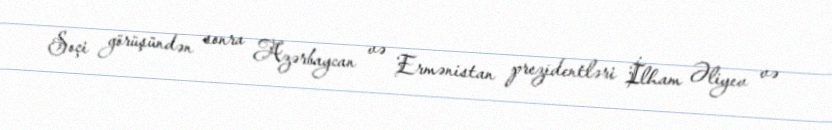
Soçi görüşündən sonra Azərbaycan və Ermənistan prezidentləri İlham Əliyev və